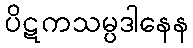
ပိဋကသမ္ပဒါနေန